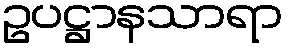
ဥပဋ္ဌာနသာရာ